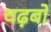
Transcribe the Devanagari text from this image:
चढ़बो